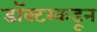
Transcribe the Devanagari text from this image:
डॉक्‍टरकडून